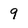
Character: 9